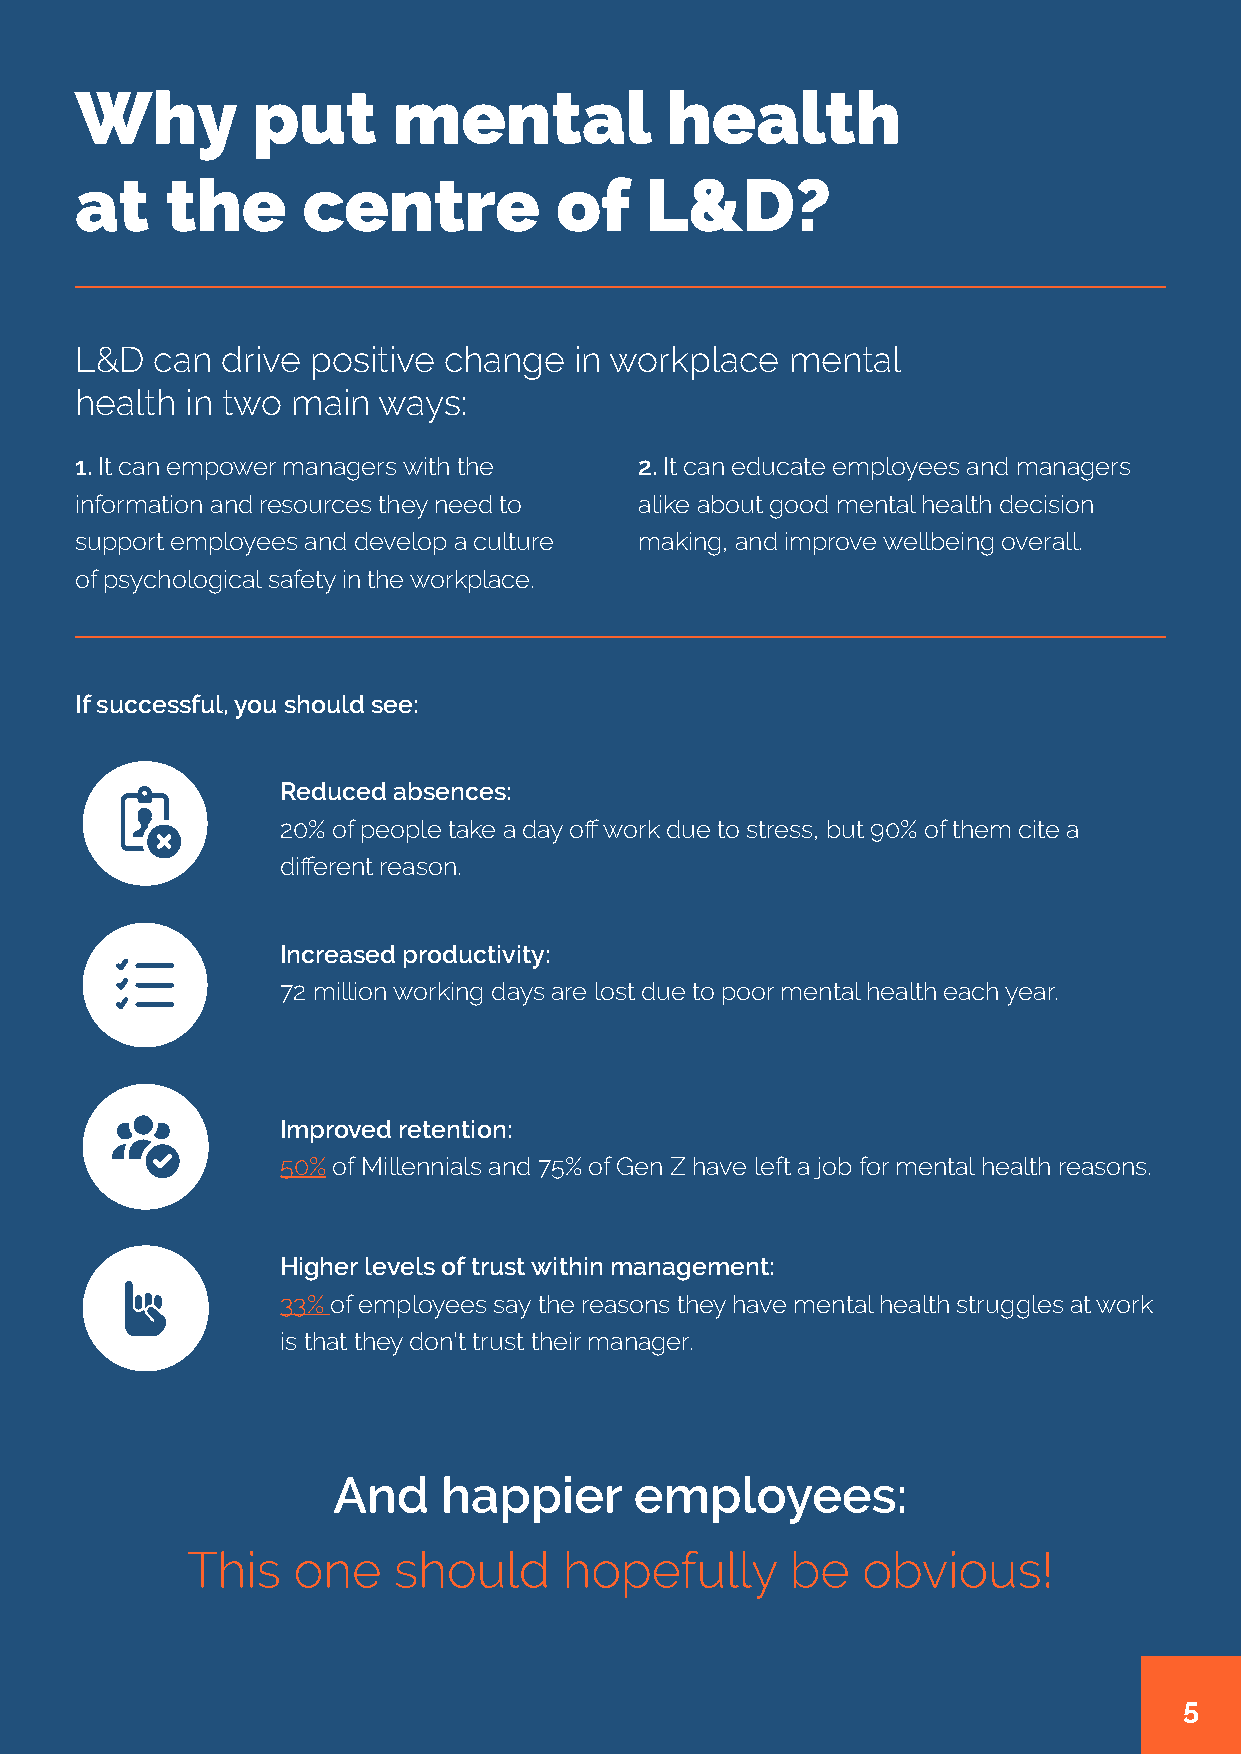
Why         put      mental            health
 at    the      centre           of    L&D?
 L&D  can  drive positive change  in workplace  mental
 health in two main  ways:
 1. It can empower managers with the  2. It can educate employees and managers
 information and resources they need to alike about good mental health decision
 support employees and develop a culture making, and improve wellbeing overall.
 of psychological safety in the workplace.
 If successful, you should see:
 Reduced absences:
 20% of people take a day off work due to stress, but 90% of them cite a
 different reason.
 Increased productivity:
 72 million working days are lost due to poor mental health each year.
 Improved retention:
 50% of Millennials and 75% of Gen Z have left a job for mental health reasons.
 Higher levels of trust within management:
 33% of employees say the reasons they have mental health struggles at work
 is that they don’t trust their manager.
 And    happier      employees:
 This   one    should     hopefully      be   obvious!
 5